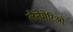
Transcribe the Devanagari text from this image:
लैंतेमेरिओ